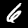
Label: 6